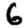
Digit: 6